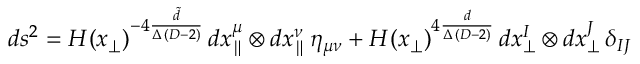
d s ^ { 2 } = H ( x _ { \perp } ) ^ { - 4 \frac { \tilde { d } } { \Delta \, ( D - 2 ) } } \, d x _ { \parallel } ^ { \mu } \otimes d x _ { \parallel } ^ { \nu } \, \eta _ { \mu \nu } + H ( x _ { \perp } ) ^ { 4 \frac { d } { \Delta \, ( D - 2 ) } } \, d x _ { \perp } ^ { I } \otimes d x _ { \perp } ^ { J } \, \delta _ { I J }